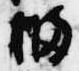
橘